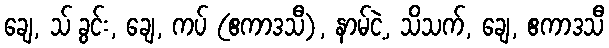
ချေ, သ် ခွင်း, ချေ, ကပ် (ဧကာဒသီ), နာမ်ငဲ့, သိသက်, ချေ, ဧကာဒသီ